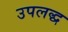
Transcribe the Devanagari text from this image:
उपलद्ध